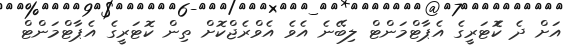
އަށް ދެ ކޮެޓަރީގެ އެޕާޓްމަންޓް ލިބޭނެ އެވެ އެވްރެޖްކޮށް ތިން ކޮޓަރީގެ އެޕާޓްމަންޓް